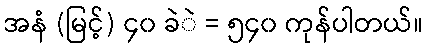
အနံ (မြင့်) ၄၀ ခဲဲ = ၅၄၀ ကုန်ပါတယ်။